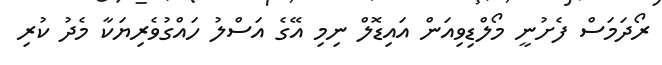
ރޯދަމަސް ފެށުނީ މޯލްޑިވިއަން އައިޑޮލް ނިމި އޭގެ އަސްލު ހައްގުވެރިޔަކާ މެދު ކުރި